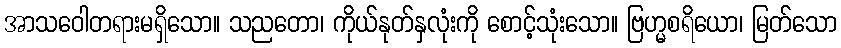
အာသဝေါတရားမရှိသော။ သညတော၊ ကိုယ်နုတ်နှလုံးကို စောင့်သုံးသော။ ဗြဟ္မစရိယော၊ မြတ်သော